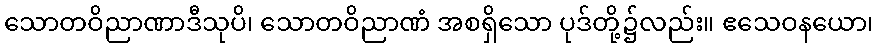
သောတဝိညာဏာဒီသုပိ၊ သောတဝိညာဏံ အစရှိသော ပုဒ်တို့၌လည်း။ ဧသေဝနယော၊